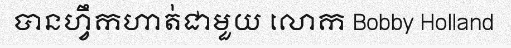
បានហ្វឹកហាត់ជាមួយ លោក Bobby Holland